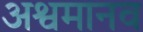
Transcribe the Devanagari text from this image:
अश्वमानव